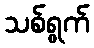
သစ်ရွက်